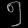
Digit: ၅